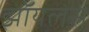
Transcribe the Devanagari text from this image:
झॉयलस